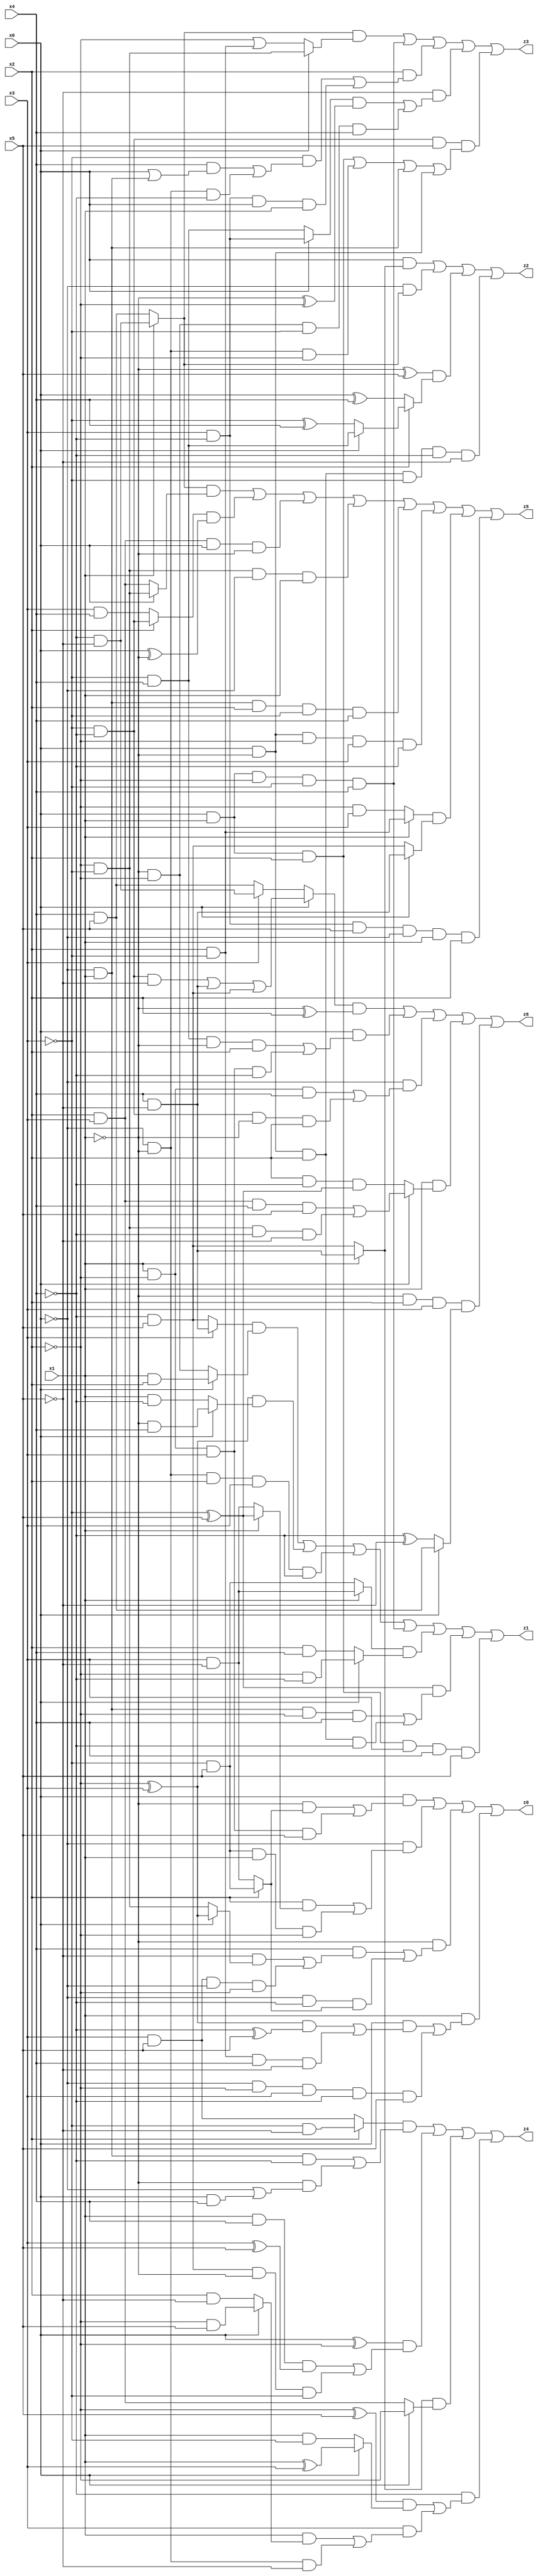
// Benchmark "X_5" written by ABC on Thu Jun 29 21:13:36 2023

module X_58 ( 
    x0, x1, x2, x3, x4, x5,
    z0, z1, z2, z3, z4, z5, z6  );
  input  x0, x1, x2, x3, x4, x5;
  output z0, z1, z2, z3, z4, z5, z6;
  assign z0 = (x0 & ((~x1 & (x2 ? (~x3 & x5) : (x3 & ~x5))) | (x1 & ~x2 & x3 & x5))) | (~x0 & ((x2 & (x1 ? (~x3 ^ x5) : (x3 & ~x5))) | (~x3 & x5 & x1 & ~x2))) | (~x1 & ((x4 & ((~x5 & (x0 ? (~x2 ^ x3) : (~x2 & ~x3))) | (x3 & x5 & ~x0 & ~x2))) | (~x0 & ~x4 & (x2 ? (~x3 & x5) : (x3 & ~x5))))) | (x1 & ((x0 & (((~x2 ^ x3) & (~x4 ^ x5)) | (x2 & ~x3 & x4 & ~x5))) | (~x0 & ~x2 & x3 & ~x4 & x5)));
  assign z1 = ((x3 ? (x4 & ~x5) : (~x4 & x5)) & (x0 ? (x1 & x2) : (~x1 & ~x2))) | ((~x2 ^ x3) & (x0 ? (~x1 & x4) : (x1 & ~x4))) | (~x0 & ~x1 & x2 & x3 & ~x4) | (x0 & x1 & ~x2 & ~x3 & x4) | ((x1 ? (x3 & ~x5) : (~x3 & x5)) & (x0 ? (~x2 & ~x4) : (x2 & x4))) | ((~x3 ^ x5) & ((~x0 & x1 & ~x2 & x4) | (x0 & ~x1 & x2 & ~x4))) | (x0 & x1 & x2 & x3 & x4 & x5);
  assign z2 = (x0 & (x1 ? (x4 & ~x5) : (~x4 & x5))) | (~x0 & (x1 ? (~x4 & ~x5) : (x4 & x5))) | ((~x1 ^ x5) & (x2 ? (x0 ? (~x3 & x4) : (~x3 ^ x4)) : (x0 ^ x4))) | (x0 & ~x1 & x2 & ~x3 & ~x4 & ~x5);
  assign z3 = ((x1 ? (~x4 & ~x5) : (x4 & x5)) & (x0 ? (~x2 & ~x3) : (~x2 | (x2 & ~x3)))) | (x0 & x1 & ~x2 & ~x3 & x4) | (x2 & ((~x3 & ((x4 & (x0 | (~x0 & x1))) | (~x0 & ~x1 & ~x4))) | (x3 & ~x4 & x0 & x1))) | (~x5 & (((x0 ? (x3 & ~x4) : (~x3 & x4)) & (~x1 ^ ~x2)) | (~x1 & ~x2 & ~x3 & x4))) | (~x3 & ~x4 & x5 & ((x0 & x1 & x2) | (~x0 & ~x1 & ~x2) | (~x0 & x1) | (x0 & ~x1)));
  assign z4 = ((x2 ? (~x3 & ~x5) : (x3 & x5)) & ((~x0 & x1 & ~x4) | (~x1 & (~x0 | (x0 & x4))))) | ((x0 ^ ~x2) & ((x1 & x4 & (x3 ^ x5)) | (~x4 & x5 & ~x1 & ~x3))) | ((x1 ? (x4 & ~x5) : (~x4 & x5)) & (x0 ? ~x2 : (x2 & x3))) | (~x4 & (((~x2 ^ x5) & (x0 ? (x1 ^ x3) : (x1 & ~x3))) | (x3 & ((x1 & (x0 ? (~x2 & x5) : (x2 & ~x5))) | (~x0 & ~x1 & ~x5)))));
  assign z5 = ((x1 ? (~x4 & ~x5) : (x4 & x5)) & (x0 ? (~x2 & ~x3) : (x2 & x3))) | ((x2 ? (~x3 & ~x4) : (x3 & x4)) & (x0 ^ ~x1)) | (x2 & x3 & x0 & ~x1) | (~x2 & ~x3 & ~x0 & x1) | (~x0 & x1 & x2 & ~x3 & x4) | (x0 & ~x1 & ~x2 & x3 & ~x4) | ((x1 ? (x2 & ~x3) : (~x2 & x3)) & (x0 ? (x4 & ~x5) : (~x4 & x5))) | (x3 & ~x4 & x5 & ~x0 & x1 & x2);
  assign z6 = ((x0 ? ((~x3 & ~x4 & ~x5) | (x4 & ~x5) | (~x4 & x5)) : (x3 ? (~x4 & ~x5) : (x4 & x5))) & (~x1 ^ x2)) | (x0 & ((~x3 & x4 & ~x1 & x2) | (x1 & ~x2 & x3 & ~x4))) | (~x0 & ((x1 & ~x2 & x4) | (~x3 & ~x4 & ~x1 & x2))) | (x1 & (x0 ? ((x2 & x3 & x4 & x5) | (~x2 & ~x3 & ~x4 & ~x5)) : (x2 & ~x4 & (~x3 ^ x5)))) | (~x1 & x2 & x3 & (x0 ? (x4 & x5) : (~x4 ^ ~x5)));
endmodule